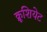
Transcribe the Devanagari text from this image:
क्रूशियेट